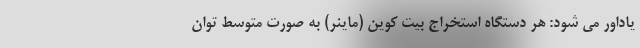
یاداور می شود: هر دستگاه استخراج بیت کوین (ماینر) به صورت متوسط توان